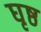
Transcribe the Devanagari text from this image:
घृष्ठ